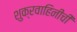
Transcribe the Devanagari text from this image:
शुक्रवाहिनीची